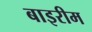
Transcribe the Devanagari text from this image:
बाइरीम